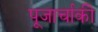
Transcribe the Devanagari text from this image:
पूजार्चाकी